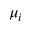
\mu _ { i }